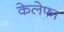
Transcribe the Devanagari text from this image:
केलेफा